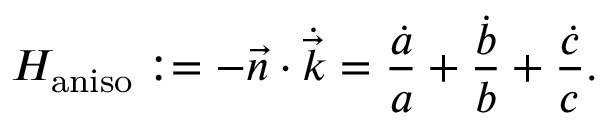
H _ { \mathrm { a n i s o } } : = - \vec { n } \cdot \dot { \vec { k } } = \frac { \dot { a } } { a } + \frac { \dot { b } } { b } + \frac { \dot { c } } { c } .